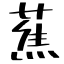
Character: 蕉